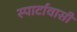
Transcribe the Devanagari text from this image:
स्पार्टावासी